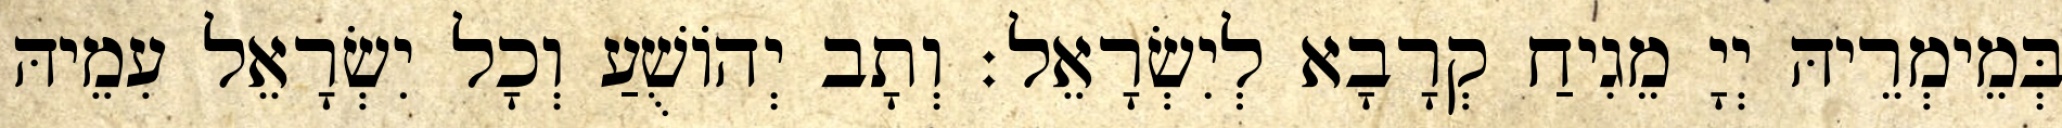
בְּמֵימְרֵיהּ יְיָ מֵגִיחַ קְרָבָא לְיִשְׂרָאֵל׃ וְתָב יְהוֹשֻׁעַ וְכָל יִשְׂרָאֵל עִמֵיהּ